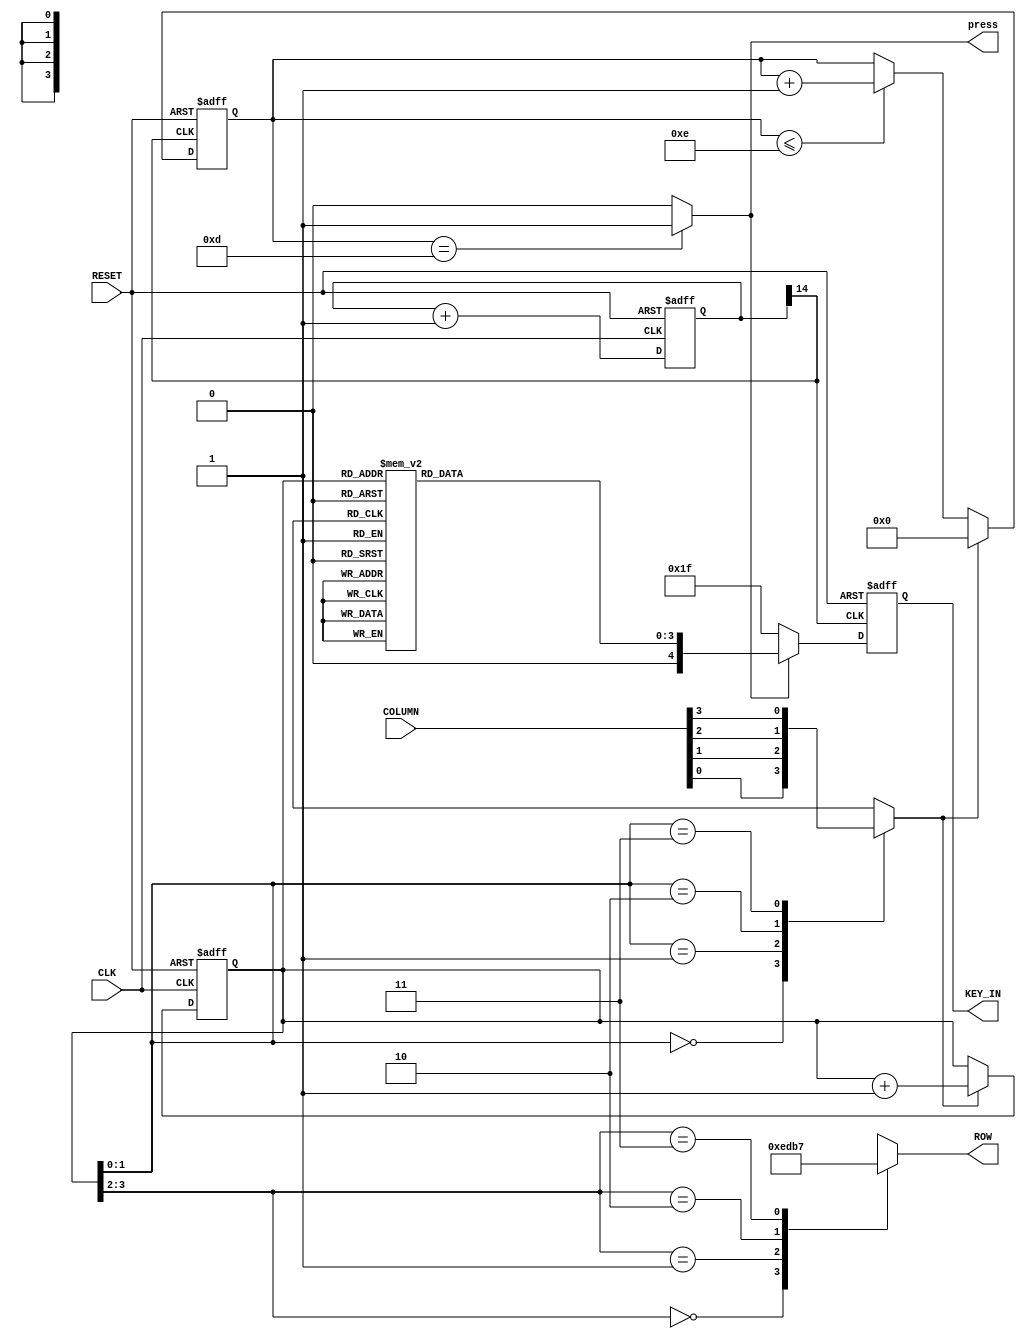
module KeyBoard_ctrl(ROW, KEY_IN, press, COLUMN, CLK, RESET);
  input  CLK;
  input  RESET;
  input  [3:0]  COLUMN;
  output [3:0]  ROW;
  output [4:0]  KEY_IN;
  output press;
  
  reg    [3:0]  ROW;
  reg    [3:0]  DEBOUNCE_COUNT;
  reg    [3:0]  SCAN_CODE;
  reg    [3:0]  SCAN_NUMBER;
  reg    [3:0]  DECODE_BCD0;
  reg    [3:0]  DECODE_BCD1;  
  reg    [3:0]  KEY_CODE;
  reg    [4:0]  KEY_BUFFER;
  reg    [14:0] DIVIDER;
  reg    PRESS;
  wire   PRESS_VALID;
  wire   DEBOUNCE_CLK;
  wire   SCAN_CLK;
  
/***********************
 * Time Base Generator *
 ***********************/

	always @(posedge CLK or negedge RESET) begin 
		if (!RESET) 
			DIVIDER <= {12'h000,2'b00};
	   else
	      DIVIDER <= DIVIDER + 1;
	end 
	
	assign DEBOUNCE_CLK = DIVIDER[14];
	assign SCAN_CLK     = DIVIDER[14];
  
/***************************
 * Scanning Code Generator *
 ***************************/
 
	always @(posedge CLK or negedge RESET) begin
		if (!RESET) 
			SCAN_CODE <= 4'h0;
      else if (PRESS)
			SCAN_CODE <= SCAN_CODE + 1;
   end

/*********************
 * Scanning Keyboard *
 *********************/
 
	always @(SCAN_CODE,COLUMN) begin
		case (SCAN_CODE[3:2])
			2'b00 : ROW = 4'b1110;
			2'b01 : ROW = 4'b1101;
			2'b10 : ROW = 4'b1011;
			2'b11 : ROW = 4'b0111;
      endcase
      case (SCAN_CODE[1:0])
			2'b00 : PRESS = COLUMN[0];
			2'b01 : PRESS = COLUMN[1];
			2'b10 : PRESS = COLUMN[2];
			2'b11 : PRESS = COLUMN[3];
      endcase
   end
    
/********************
 * Debounce Circuit *
 ********************/

	always @(posedge DEBOUNCE_CLK or negedge RESET) begin
		if(!RESET)
			DEBOUNCE_COUNT <= 4'h0;
		else if (PRESS)
			DEBOUNCE_COUNT <= 4'h0;
		else if (DEBOUNCE_COUNT <= 4'hE)
			DEBOUNCE_COUNT <= DEBOUNCE_COUNT + 1;
	end 
	
	assign PRESS_VALID = (DEBOUNCE_COUNT == 4'hD)? 1'b1 : 1'b0;
 
/**************************************
 * Fetch Key Code Store In KEY_BUFFER *
 **************************************/
 
	always @(SCAN_CODE) begin
		case (SCAN_CODE)
			4'b0000 : SCAN_NUMBER = 4'hF;
			4'b0001 : SCAN_NUMBER = 4'hE;
			4'b0010 : SCAN_NUMBER = 4'hD;
			4'b0011 : SCAN_NUMBER = 4'hC;

			4'b0100 : SCAN_NUMBER = 4'hB;
			4'b0101 : SCAN_NUMBER = 4'h3;
			4'b0110 : SCAN_NUMBER = 4'h6;
			4'b0111 : SCAN_NUMBER = 4'h9;

			4'b1000 : SCAN_NUMBER = 4'hA;
			4'b1001 : SCAN_NUMBER = 4'h2;
			4'b1010 : SCAN_NUMBER = 4'h5;
			4'b1011 : SCAN_NUMBER = 4'h8;	   
			
			4'b1100 : SCAN_NUMBER = 4'h0;
			4'b1101 : SCAN_NUMBER = 4'h1;
			4'b1110 : SCAN_NUMBER = 4'h4;
			4'b1111 : SCAN_NUMBER = 4'h7;	   
		endcase
	end
 
	always @(negedge DEBOUNCE_CLK or negedge RESET) begin
		if (!RESET)
			KEY_BUFFER <= 5'h0;
		else if (PRESS_VALID)
			KEY_BUFFER <= {0, SCAN_NUMBER};
		else
			KEY_BUFFER <= 5'b 11111;
	end
    
/****************************
 * Data Display Multiplexer	*
 ****************************/	

	assign KEY_IN = KEY_BUFFER;
	assign press = PRESS_VALID;
	
endmodule